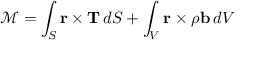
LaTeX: { \mathcal { M } } = \int _ { S } \mathbf { r } \times \mathbf { T } \, d S + \int _ { V } \mathbf { r } \times \rho \mathbf { b } \, d V